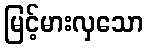
မြင့်မားလှသော